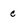
Character: c